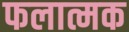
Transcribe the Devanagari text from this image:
फलात्मक